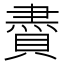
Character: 賮